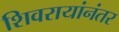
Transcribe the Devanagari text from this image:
शिवरायांनंतर